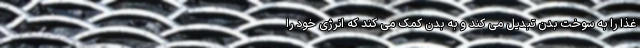
غذا را به سوخت بدن تبدیل می کند و به بدن کمک می کند که انرژی خود را